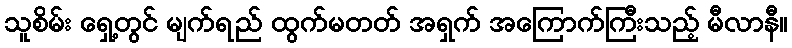
သူစိမ်း ရှေ့တွင် မျက်ရည် ထွက်မတတ် အရှက် အကြောက်ကြီးသည့် မီလာနီ။